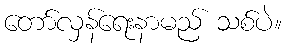
တော်လှန်ရေးနာမည် သစ်ပဲ။